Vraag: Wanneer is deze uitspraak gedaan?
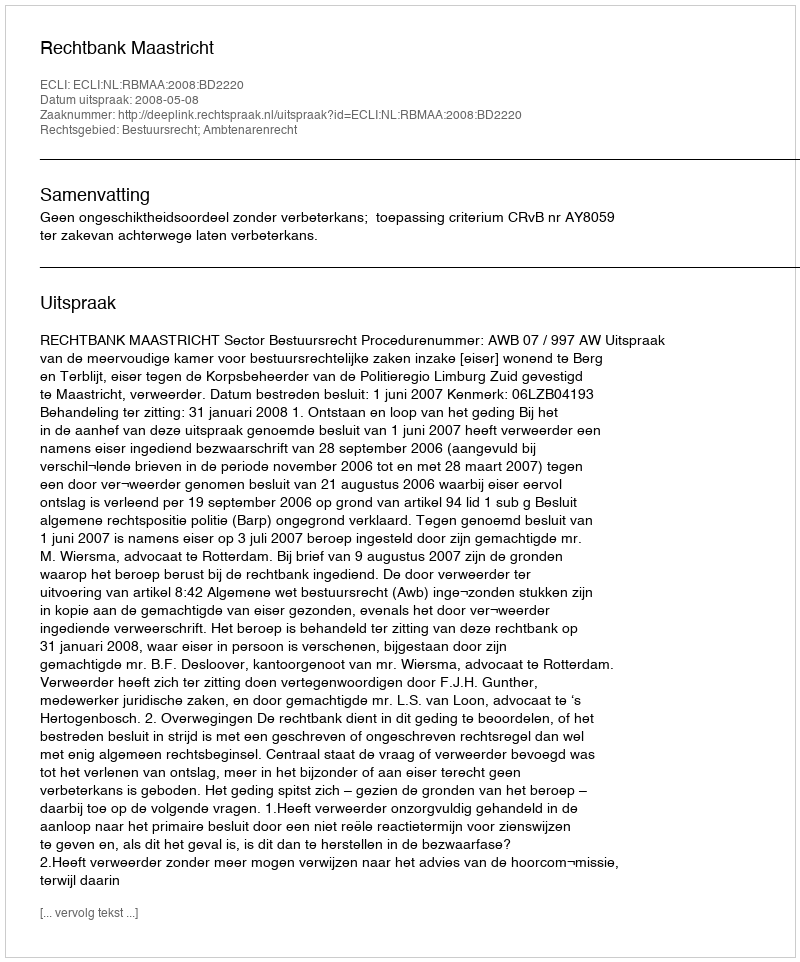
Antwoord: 2008-05-08